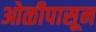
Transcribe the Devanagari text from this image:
ओळीपासून